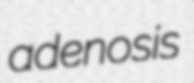
adenosis